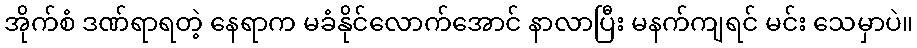
အိုက်စံ ဒဏ်ရာရတဲ့ နေရာက မခံနိုင်လောက်အောင် နာလာပြီး မနက်ကျရင် မင်း သေမှာပဲ။